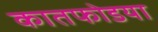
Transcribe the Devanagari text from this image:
कातफोडया